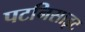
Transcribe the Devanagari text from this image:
पटनिसाइट